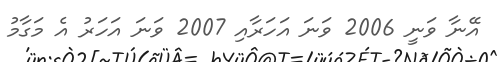
އޭނާ ވަނީ 2006 ވަނަ އަހަރާއި 2007 ވަނަ އަހަރު އެ މަގާމު